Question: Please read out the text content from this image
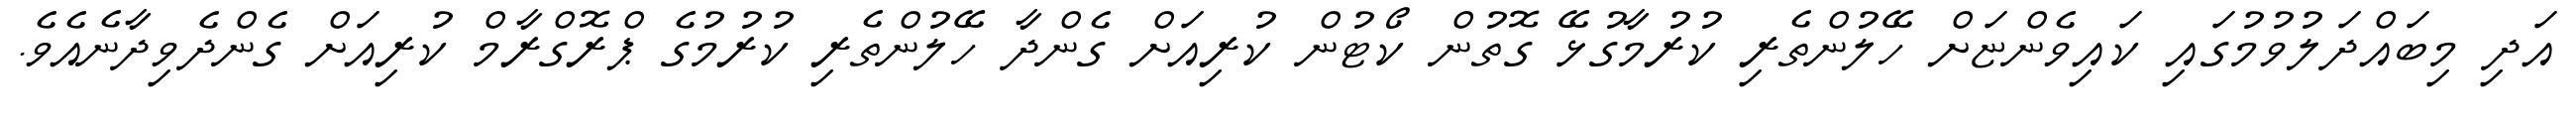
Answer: އަދި މިބައްދަލުވުމުގައި ކައިވެންޏަށް ހޭލުންތެރި ކުރުމާގުޅޭ ގޮތުން ކޯޓުން ކުރިއަށް ގެންދާ ހޭލުންތެރި ކުރުމުގެ ޕްރޮގްރާމް ކުރިއަށް ގެންދެވިދާނެއެވެ.